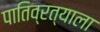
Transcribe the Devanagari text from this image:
पातिव्रत्याला